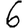
Digit: 6